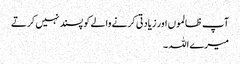
آپ ظالموں اور زیادتی کرنے والے کو پسند نہیں کرتے
میرے اللہ ۔